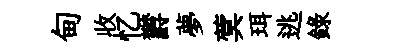
甸收忆欝夢蓂珥逃錄